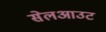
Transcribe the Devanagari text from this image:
सेलआउट